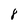
Character: 8